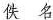
佚名